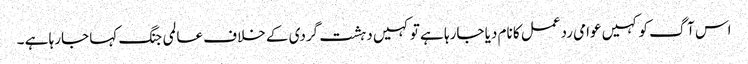
اس آگ کو کہیں عوامی ردعمل کا نام دیا جارہا ہے تو کہیں دہشت گردی کے خلاف عالمی جنگ کہا جارہا ہے ۔